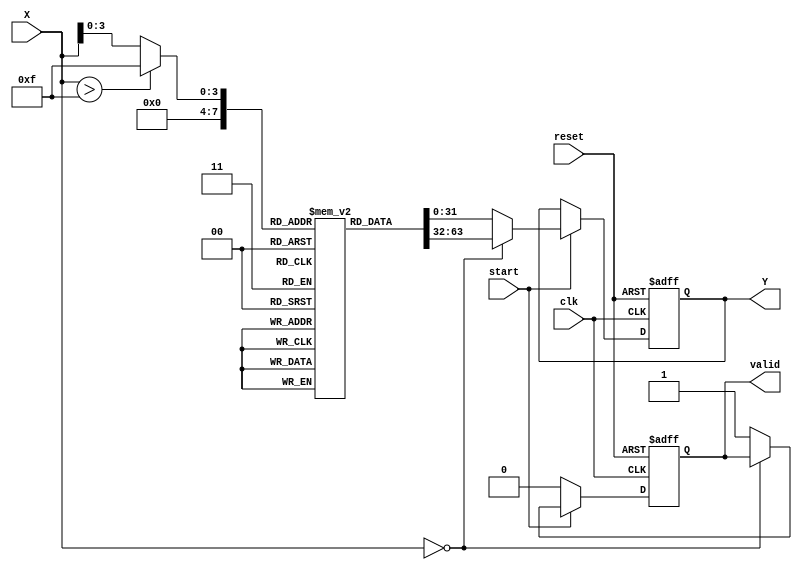
module direct_reciprocal_unit(
    input wire clk,
    input wire reset,
    input wire start,
    input wire [15:0] X, // 16-bit input
    output reg [31:0] Y, // 32-bit output reciprocal
    output reg valid // Output valid signal
);

    // LUT for predefined reciprocal values (for simplicity, we'll define a small LUT)
    reg [31:0] lut [0:15]; // LUT for 16 values
    reg [3:0] lut_index; // Index for LUT

    // Initialize the LUT with reciprocal values (example values, can be adjusted)
    initial begin
        lut[0] = 32'hFFFFFFFF; // Reciprocal of 0 -> handle division by zero
        lut[1] = 32'h00000000; // Reciprocal of 1
        lut[2] = 32'h80000000; // Reciprocal of 0.5
        lut[3] = 32'h55555555; // Reciprocal of 0.3333...
        lut[4] = 32'h40000000; // Reciprocal of 0.25
        lut[5] = 32'h33333333; // Reciprocal of 0.2
        lut[6] = 32'h2AAAAAAA; // Reciprocal of 0.16666...
        lut[7] = 32'h20000000; // Reciprocal of 0.125
        lut[8] = 32'h19999999; // Reciprocal of 0.1111...
        lut[9] = 32'h15555555; // Reciprocal of 0.1
        lut[10] = 32'h0CCCCCCC; // Reciprocal of 0.09...
        lut[11] = 32'h0AAAAAAA; // Reciprocal of 0.0833...
        lut[12] = 32'h08000000; // Reciprocal of 0.0625
        lut[13] = 32'h06666666; // Reciprocal of 0.05
        lut[14] = 32'h05882353; // Reciprocal of 0.04
        lut[15] = 32'h05000000; // Reciprocal of 0.0333...
    end

    // Control logic
    always @(posedge clk or posedge reset) begin
        if (reset) begin
            Y <= 0;
            valid <= 0;
        end else if (start) begin
            // Normalize input to fit LUT index
            if (X == 0) begin
                Y <= lut[0]; // Handle division by zero
            end else begin
                lut_index = (X > 15) ? 15 : X; // Clamp index for LUT
                Y <= lut[lut_index];

                // Here, we could implement simple interpolation logic if needed
                // For simplicity, we are not doing interpolation in this example.

                valid <= 1; // Indicate valid output
            end
        end else begin
            valid <= 0; // Reset valid signal if not processing
        end
    end

endmodule